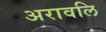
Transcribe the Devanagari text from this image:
अरावलि